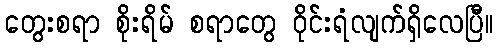
တွေးစရာ စိုးရိမ် စရာတွေ ဝိုင်းရံလျက်ရှိလေပြီ။